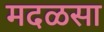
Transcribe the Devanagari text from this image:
मदळसा